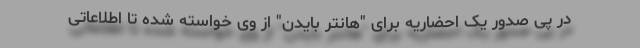
در پی صدور یک احضاریه برای "هانتر بایدن" از وی خواسته شده تا اطلاعاتی